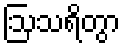
ဩသရိတွာ